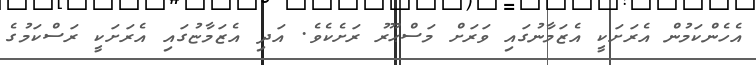
އެހެންކަމުން އެރަށަކީ އެޒަމާނުގައި ވަރަށް މަސްޙޫރު ރަށެކެވެ. އަދި އެޒަމާޏުގައި އެރަށަކީ ރަސްކަމުގެ